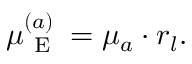
\mu _ { \mathrm { ~ E ~ } } ^ { ( a ) } = \mu _ { a } \cdot r _ { l } .